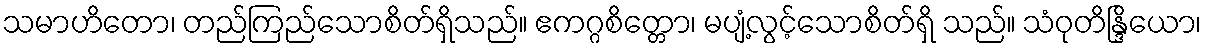
သမာဟိတော၊ တည်ကြည်သောစိတ်ရှိသည်။ ဧကဂ္ဂစိတ္တော၊ မပျံ့လွင့်သောစိတ်ရှိ သည်။ သံဝုတိန္ဒြိယော၊